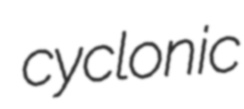
cyclonic